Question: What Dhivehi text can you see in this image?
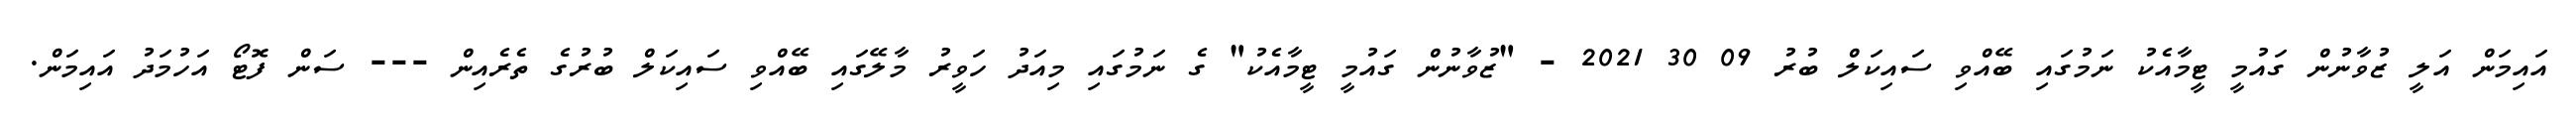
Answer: އައިމަން އަލީ ޒުވާނުން ގައުމީ ޓީމާއެކު ނަމުގައި ބޭއްވި ސައިކަލް ބުރު 09 30 2021 - "ޒުވާނުން ގައުމީ ޓީމާއެކު" ގެ ނަމުގައި މިއަދު ހަވީރު މާލޭގައި ބޭއްވި ސައިކަލް ބުރުގެ ތެރެއިން --- ސަން ފޮޓޯ އަހުމަދު އައިމަން.